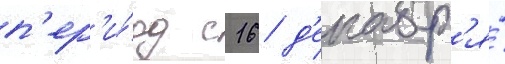
п'ер'и́од с 16 д'екабр'я́